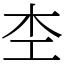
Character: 杢